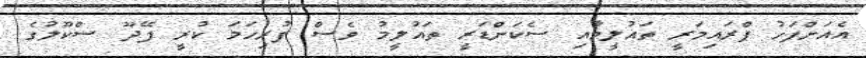
އެއަށްފަހު ޕްރައިމަރީ ތައުލީމާއި ސެކަންޑަރީ ތައުލީމު ވެސް ފުރިހަމަ ކުރީ ފޭދޫ ސްކޫލުގެ